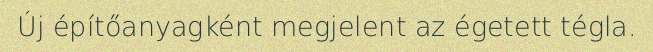
Új építőanyagként megjelent az égetett tégla.